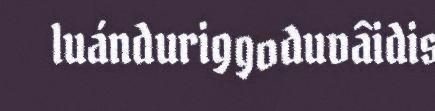
luánduriggoduvâidis